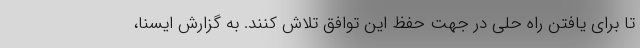
تا برای یافتن راه حلی در جهت حفظ این توافق تلاش کنند. به گزارش ایسنا،